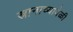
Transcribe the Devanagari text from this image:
स्नानाच्यावेळी